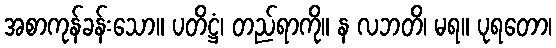
အစာကုန်ခန်းသော။ ပတိဋ္ဌံ၊ တည်ရာကို။ န လဘတိ၊ မရ။ ပုရတော၊